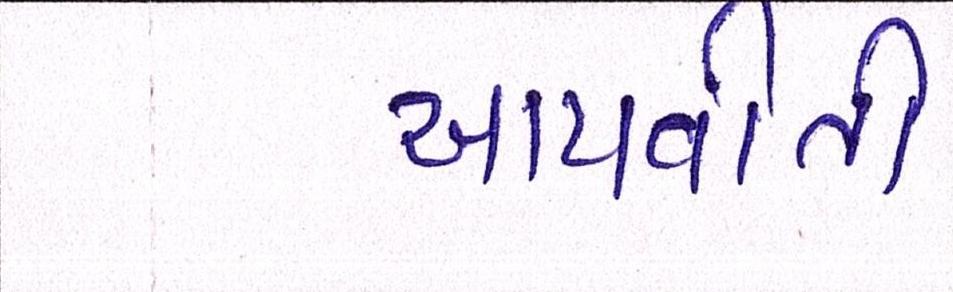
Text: આપવીતી